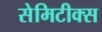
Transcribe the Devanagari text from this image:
सेमिटीक्स